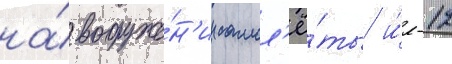
на́ вооруже́н'ии самол'ё́ты и́л-12